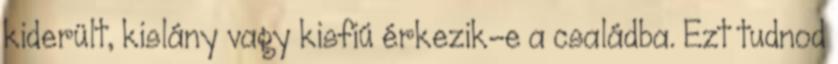
kiderült, kislány vagy kisfiú érkezik-e a családba. Ezt tudnod